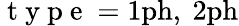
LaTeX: \mathrm{~t~y~p~e~}=\mathrm{1ph},\ \mathrm{2ph}